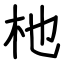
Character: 杝